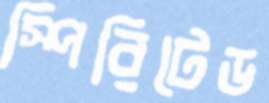
স্পিরিটেড